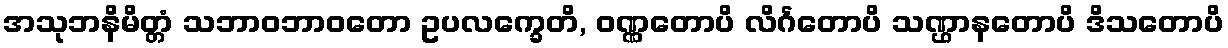
အသုဘနိမိတ္တံ သဘာဝဘာဝတော ဥပလက္ခေတိ, ဝဏ္ဏတောပိ လိင်္ဂတောပိ သဏ္ဌာနတောပိ ဒိသတောပိ